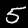
Label: 5